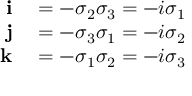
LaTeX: \begin{array} { r l } { \mathbf { i } } & { { } = - \sigma _ { 2 } \sigma _ { 3 } = - i \sigma _ { 1 } } \\ { \mathbf { j } } & { { } = - \sigma _ { 3 } \sigma _ { 1 } = - i \sigma _ { 2 } } \\ { \mathbf { k } } & { { } = - \sigma _ { 1 } \sigma _ { 2 } = - i \sigma _ { 3 } } \end{array}